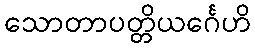
သောတာပတ္တိယင်္ဂေဟိ